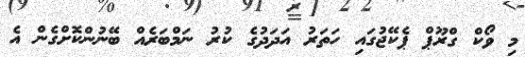
މި ވޯކް ގްރޫޕް ޕެކޭޖުގައި ހަތަރު އަދަދުގެ ކުރު ނަމްބަރެއް ބޭނުންކޮށްގެން އެ